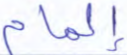
إلمام